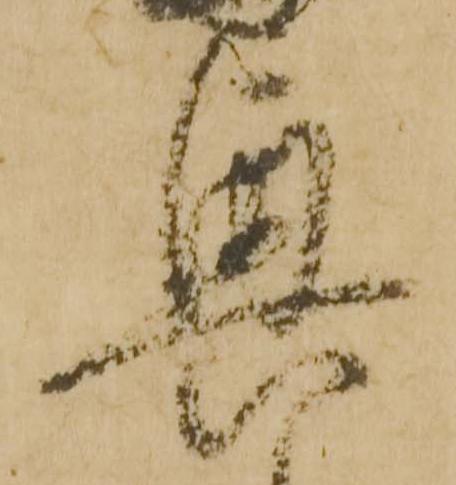
興